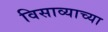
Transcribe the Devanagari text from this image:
विसाव्याच्या